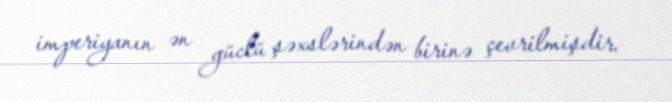
imperiyanın ən güclü şəxslərindən birinə çevrilmişdir.